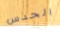
الحدس